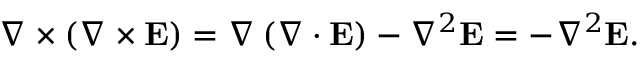
\nabla \times \left( \nabla \times \mathbf { E } \right) = \nabla \left( \nabla \cdot \mathbf { E } \right) - \nabla ^ { 2 } \mathbf { E } = - \nabla ^ { 2 } \mathbf { E } .